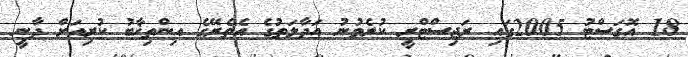
18 އޮގަސްޓު 2005ގައި ރަޖިސްޓްރީ ކުރެވުނު އަދާލަތުގެ އެތެރޭގެ އިންތިޚާބު ކުރިއަށް ދާނީ